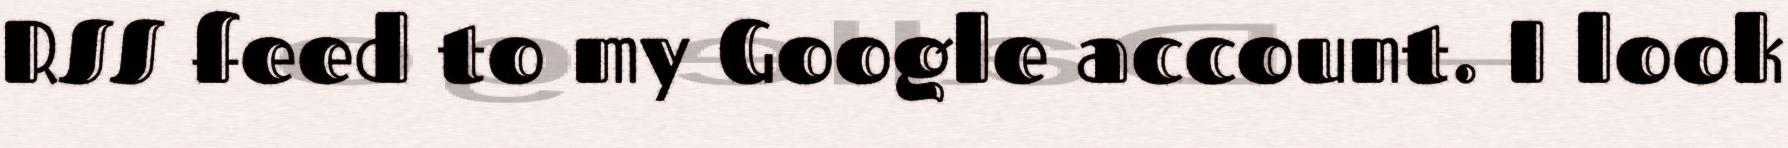
RSS feed to my Google account. I look